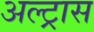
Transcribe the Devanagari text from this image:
अल्ट्रास